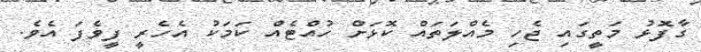
ގާފޮޅު މަތީގައި ޖެހި މެއްލަތައް ކޮޅަށް ހުއްޓެއް ކަމަކު އެހެރީ ފީވެފަ އެވެ.